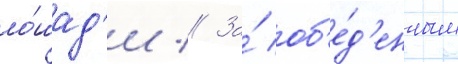
ло́шад'и // За́ об'е́д'енным